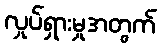
လှုပ်ရှားမှုအတွက်